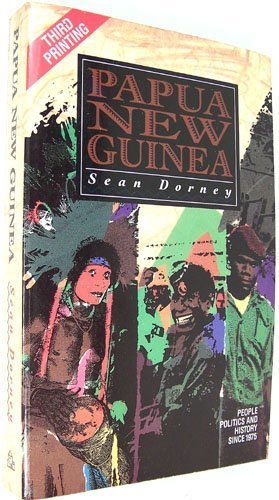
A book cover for Papua New Guinea: People, Politics and History since 1975; Sean Dorney; History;